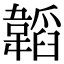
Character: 韜